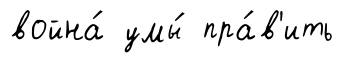
война́ умы́ пра́в'ить